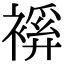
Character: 𧜋